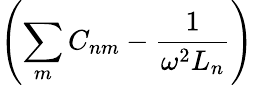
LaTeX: \left(\sum_{m}C_{nm}-\frac{1}{\omega^{2}L_{n}}\right)